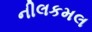
નીલકમલ